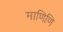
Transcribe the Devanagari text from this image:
माणिणि